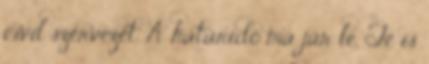
civil szervezet. A határidő ma jár le. Te is